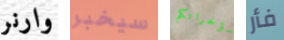
وارنر سيخبر مؤخراتكم فأر